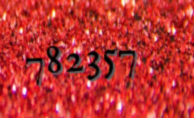
782357